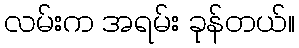
လမ်းက အရမ်း ခုန်တယ်။